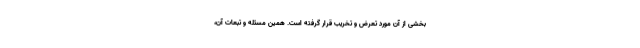
بخشی از آن مورد تعرض و تخریب قرار گرفته است. همین مسئله و تبعات آن،